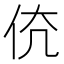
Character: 𠇳